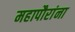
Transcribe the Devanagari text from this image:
महापौरांना